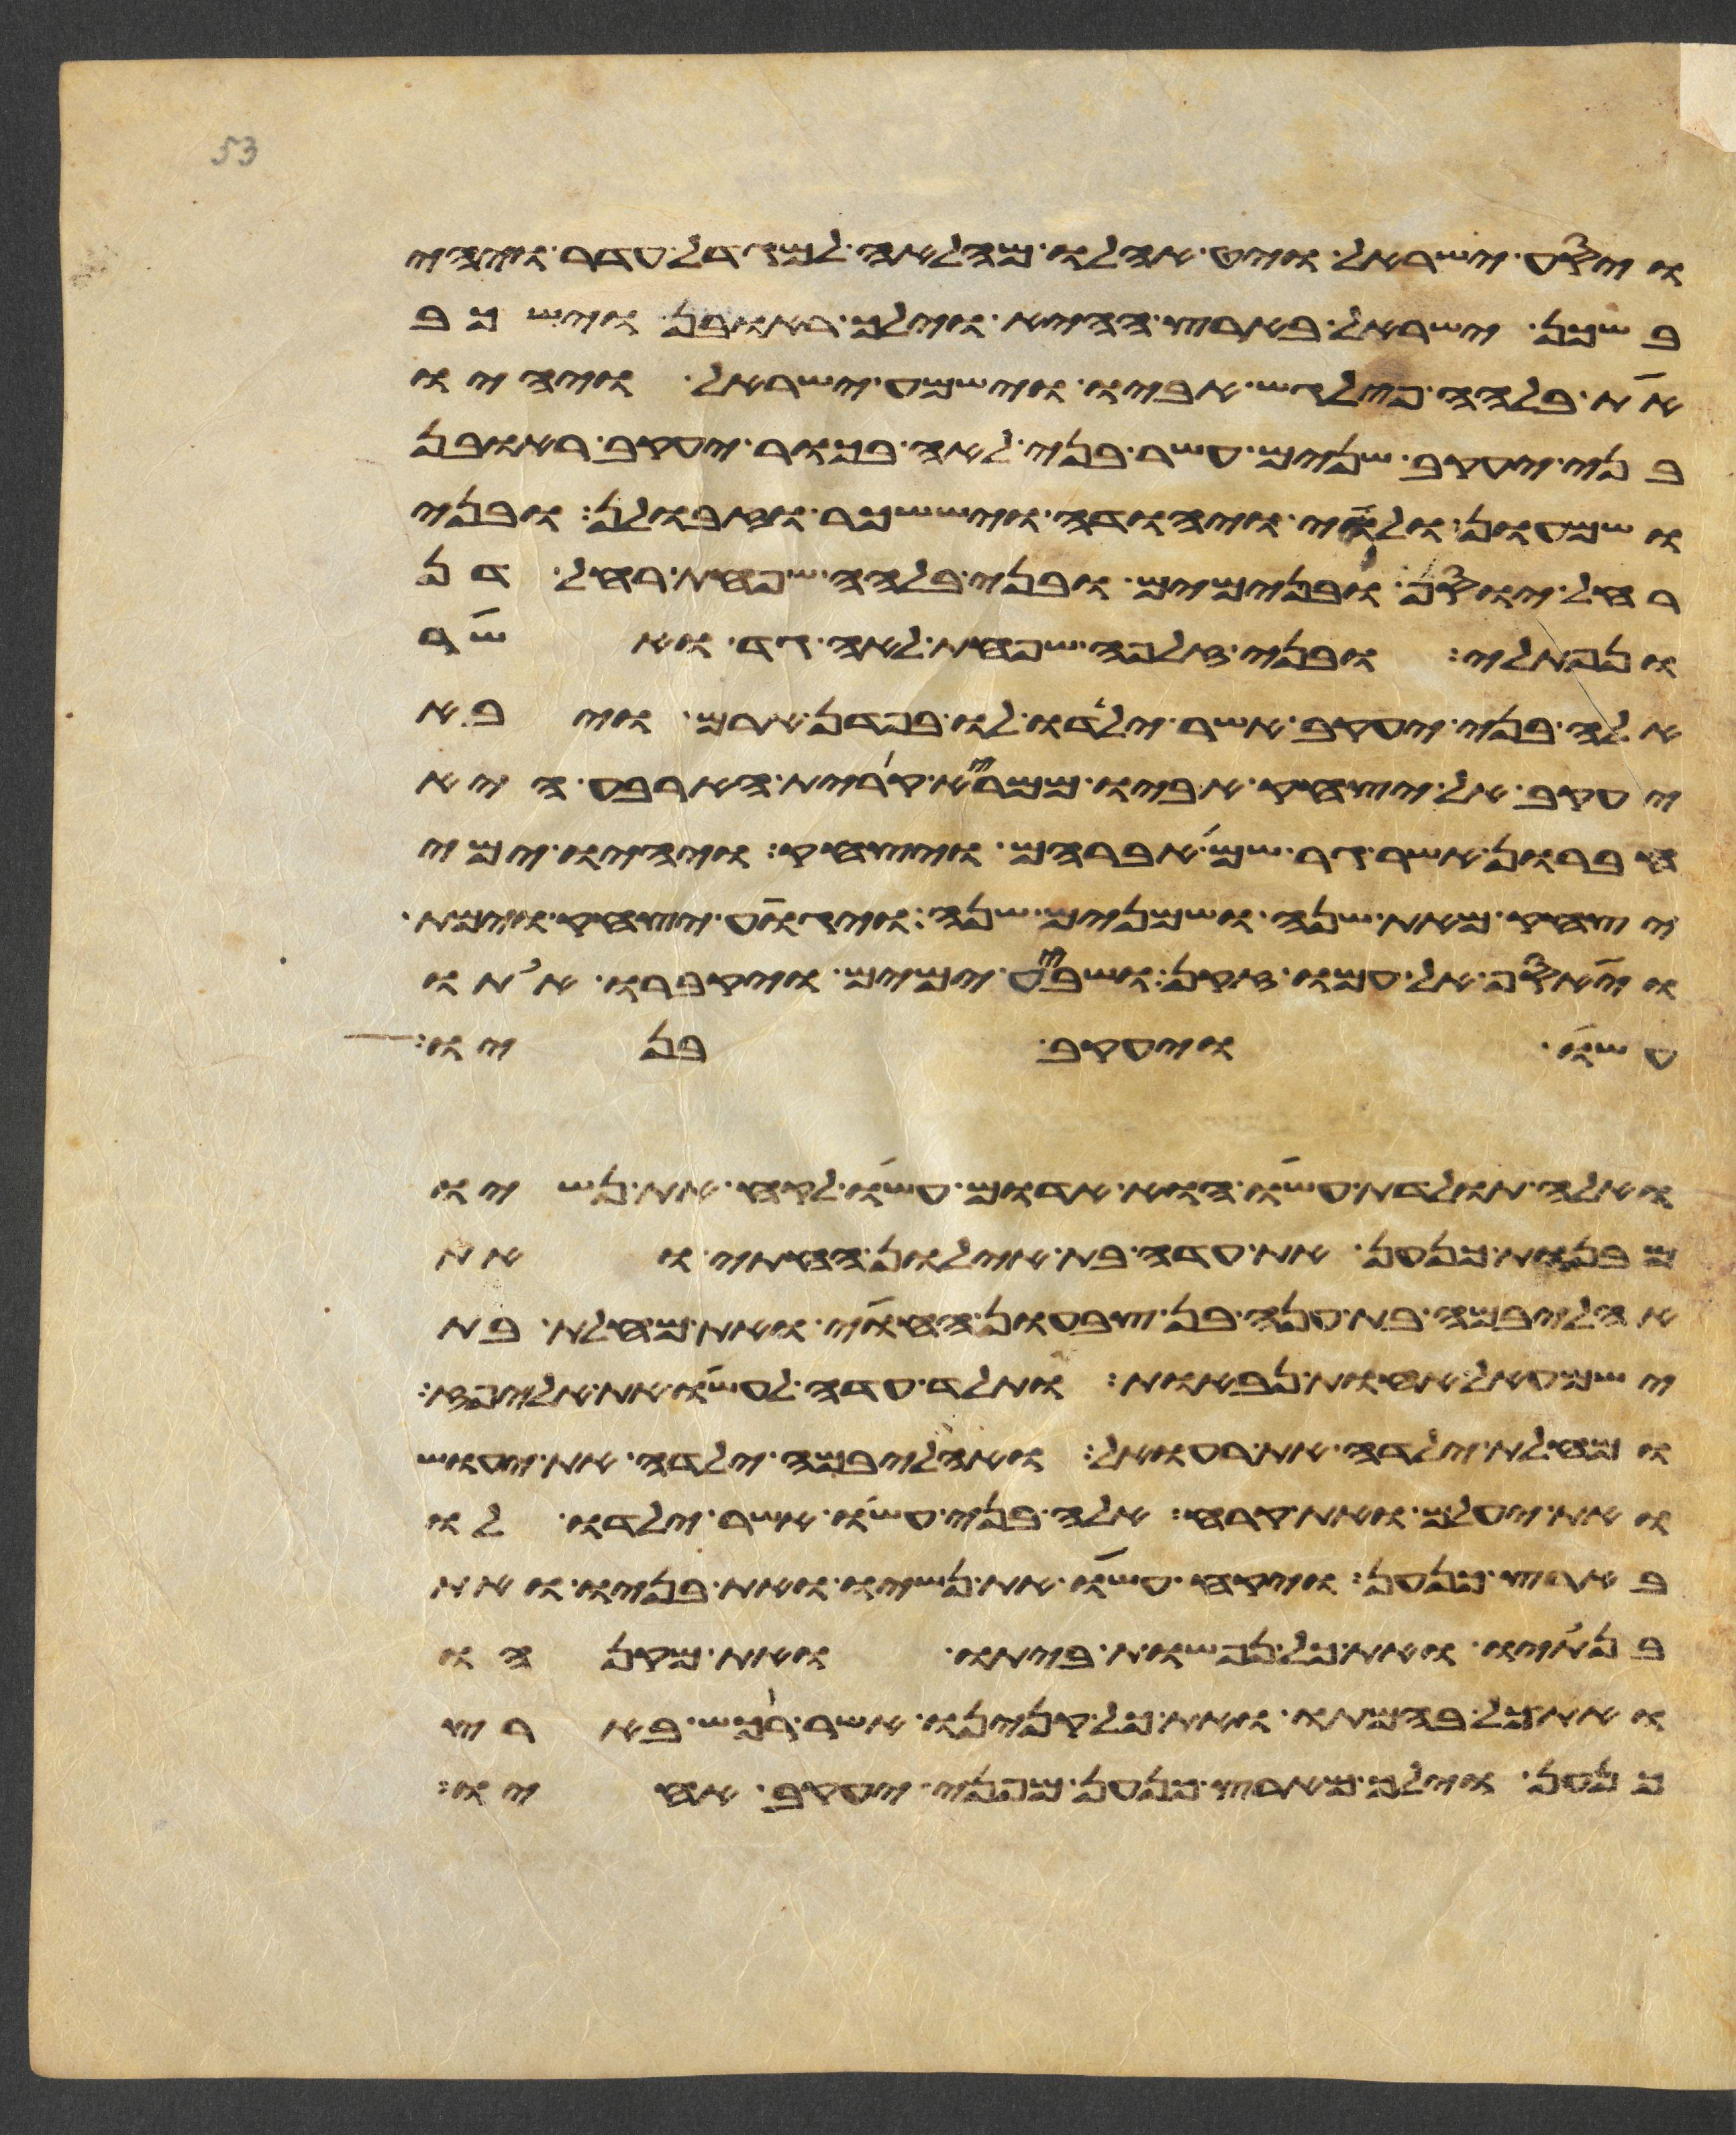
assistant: ויסע ישראל ויט אהלו מהלאה למגדל עדר ויהי
בשכן ישראל בארץ ההיא וילך ראובן וישכב
את בלהה פילגש אביו וישמע ישראל ויהיו
בני יעקב שנים עשר בני לאה בכור יעקב ראובן
ושמעון ולוי ויהודה ויששכר וזבולן ובני
רחל יוסף ובנימים ובני בלהה שפחת רחל דן
ונפתלי ובני זלפה שפחת לאה גד ואשר
אלה בני יעקב אשר ילדו לו בפדן ארם ויבא
יעקב אל יצחק אביו ממרא קרית הארבע היא
חברון אשר גר שם אברהם ויצחק ויהיו ימי
יצחק מאת שנה ושמנים שנה ויגוע יצחק וימת
ויאסף אל עמו זקן ושבע ימים ויקברו אתו
עשו ויעקב בניו
ואלה תולדת עשו הוא אדום עשו לקח את נשיו
מבנות כנען את עדה בת אילון החתי ואת
אהליבמה בת ענה בן צבעון החוי ואת מחלת בת
ישמעאל אחות נבאות ותלד עדה לעשו את אליפז
ומחלת ילדה את רעואל ואהליבמה ילדה את יעוש
ואת יעלם ואת קרח אלה בני עשו אשר ילדו לו
בארץ כנען ויקח עשו את נשיו ואת בניו ואת
בנתיו ואת כל נפשות ביתו ואת מקנהו
ואת כל בהמתו ואת כל קנינו אשר רכש בארץ
כנען וילך מארץ כנען מפני יעקב אחיו